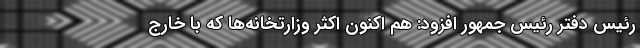
رئیس دفتر رئیس جمهور افزود: هم اکنون اکثر وزارتخانه‌ها که با خارج